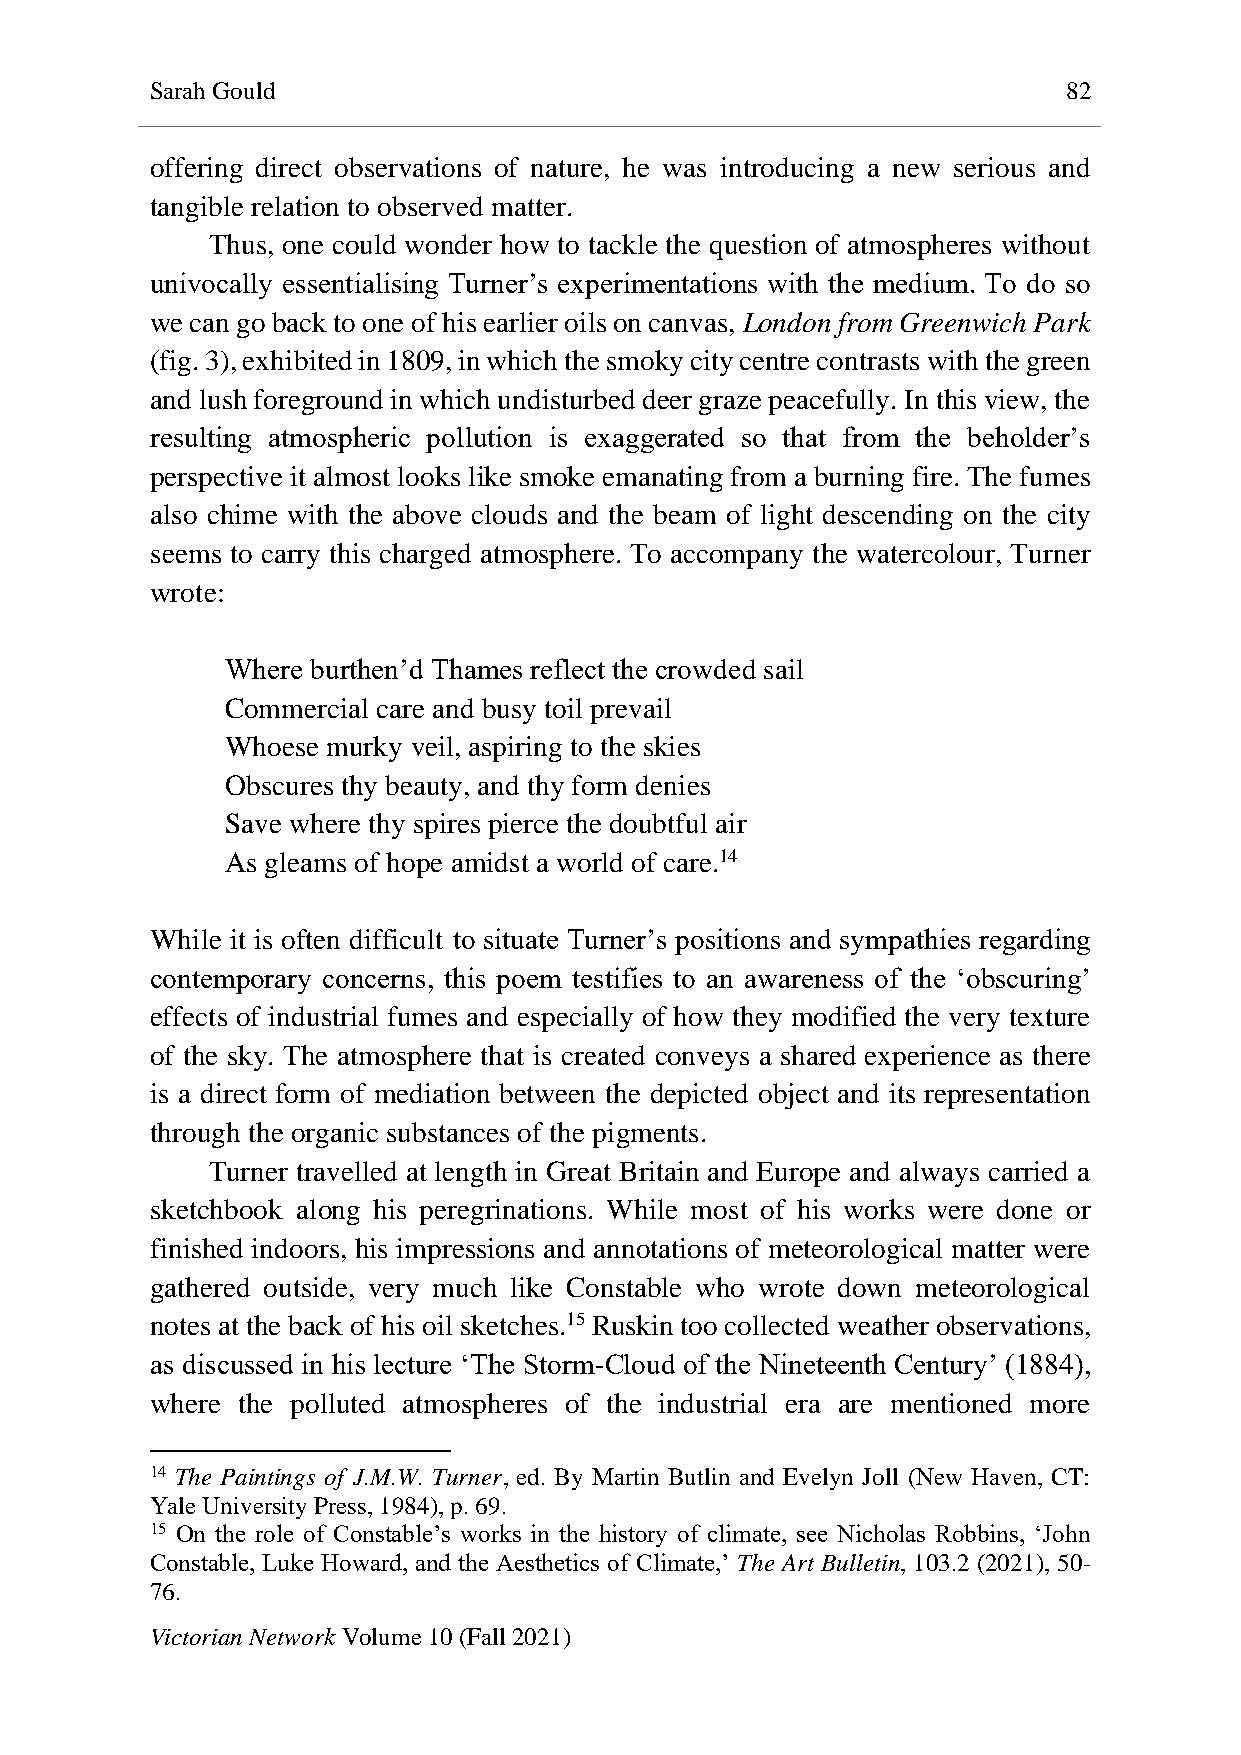
Sarah Gould                                                  82
 offering direct observations of nature, he was introducing a new serious and
 tangible relation to observed matter.
 Thus, one could wonder how to tackle the question of atmospheres without
 univocally essentialising Turner’s experimentations with the medium. To do so
 we can go back to one of his earlier oils on canvas, London from Greenwich Park
 (fig. 3), exhibited in 1809, in which the smoky city centre contrasts with the green
 and lush foreground in which undisturbed deer graze peacefully. In this view, the
 resulting atmospheric pollution is exaggerated so that from the beholder’s
 perspective it almost looks like smoke emanating from a burning fire. The fumes
 also chime with the above clouds and the beam of light descending on the city
 seems to carry this charged atmosphere. To accompany the watercolour, Turner
 wrote:
 Where burthen’d Thames reflect the crowded sail
 Commercial care and busy toil prevail
 Whoese murky veil, aspiring to the skies
 Obscures thy beauty, and thy form denies
 Save where thy spires pierce the doubtful air
 As gleams of hope amidst a world of care.14
 While it is often difficult to situate Turner’s positions and sympathies regarding
 contemporary concerns, this poem testifies to an awareness of the ‘obscuring’
 effects of industrial fumes and especially of how they modified the very texture
 of the sky. The atmosphere that is created conveys a shared experience as there
 is a direct form of mediation between the depicted object and its representation
 through the organic substances of the pigments.
 Turner travelled at length in Great Britain and Europe and always carried a
 sketchbook along his peregrinations. While most of his works were done or
 finished indoors, his impressions and annotations of meteorological matter were
 gathered outside, very much like Constable who wrote down meteorological
 notes at the back of his oil sketches.15 Ruskin too collected weather observations,
 as discussed in his lecture ‘The Storm-Cloud of the Nineteenth Century’ (1884),
 where the polluted atmospheres of the industrial era are mentioned more
 14 The Paintings of J.M.W. Turner, ed. By Martin Butlin and Evelyn Joll (New Haven, CT:
 Yale University Press, 1984), p. 69.
 15 On the role of Constable’s works in the history of climate, see Nicholas Robbins, ‘John
 Constable, Luke Howard, and the Aesthetics of Climate,’ The Art Bulletin, 103.2 (2021), 50-
 76.
 Victorian Network Volume 10 (Fall 2021)